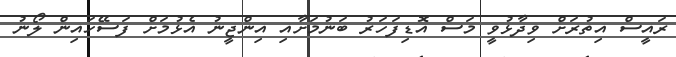
ރައީސް އިތުރަށް ވިދާޅުވީ މަސް އޮޑިފަހަރު ބަނުމަށާއި އިންޖީނު އެޅުމަށް ފަސޭހައިން ލޯނު